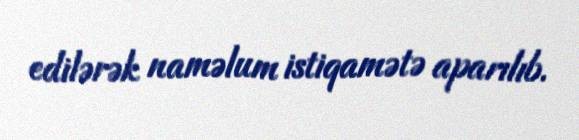
edilərək naməlum istiqamətə aparılıb.